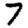
Digit: 7